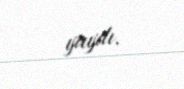
yaydı.